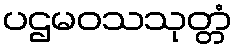
ပဌမဝသသုတ္တံ